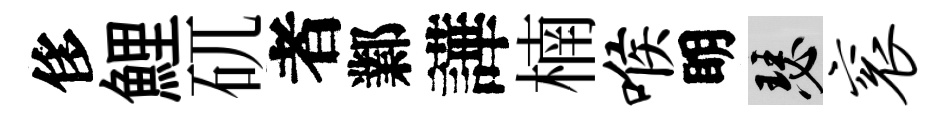
侈鯉矹者鄴譁楠喉眀瑟衮